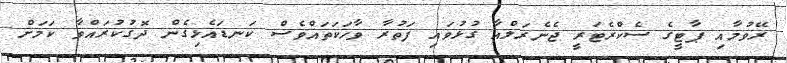
ރޭވުމާއި ޕާޓީގެ ސެކްރެޓަރީ ޖެނެރަލްއާ ގުޅުވައި ފަތުރާ ވާހަކަތައްވެސް ކަނޑައެޅިގެން ދޮގުކުރައްވާ ކަމަށް